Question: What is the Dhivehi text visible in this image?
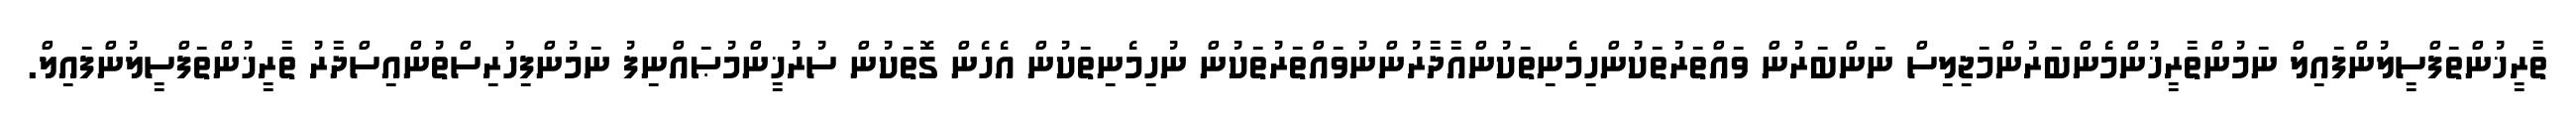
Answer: ތާރީޚުންތަފްސީލުންފައިލް ނަމުންތާރީޚުންމެންބަރުންމަޖިލިސް ނަންބަރުން ވައްތަރުތަކުންހިމެނިތަކުންއާދާރުންނުވައްތަރުތަކުން ނުހިމެނިތަކުން އެހެން ގޮތަކުން ސުރުޚީންމުޞައްނިފު ނަމުންފިހުރިސްތުންއިސްދާރު ތާރީޚުންތަފްސީލުންފައިލް.